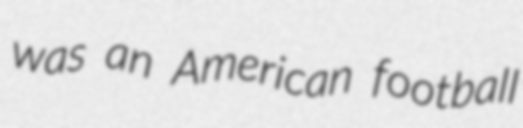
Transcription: was an American football